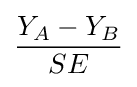
{\frac {Y_{A}-Y_{B}}{SE}}